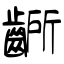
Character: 齭